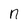
Character: n